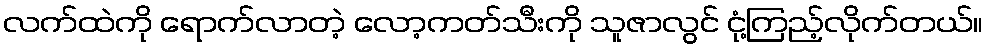
လက်ထဲကို ရောက်လာတဲ့ လော့ကတ်သီးကို သူဇာလွင် ငုံ့ကြည့်လိုက်တယ်။